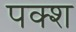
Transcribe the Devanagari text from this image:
पक्श